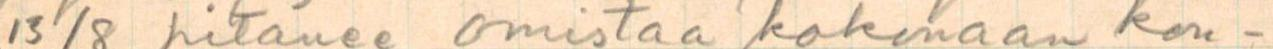
13/8 pitänee omistaa kokonaan kon-